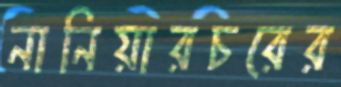
নানিয়ারচরের